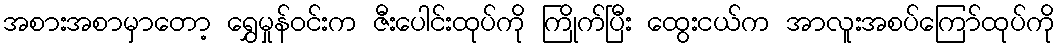
အစားအစာမှာတော့ ရွှေမှုန်ဝင်းက ဇီးပေါင်းထုပ်ကို ကြိုက်ပြီး ထွေးငယ်က အာလူးအစပ်ကြော်ထုပ်ကို